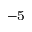
^ { - 5 }